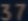
$7